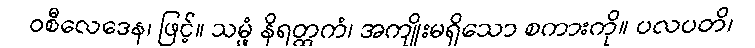
ဝစီလေဒေန၊ ဖြင့်။ သမ္ဖံ နိရတ္ထကံ၊ အကျိုးမရှိသော စကားကို။ ပလပတိ၊